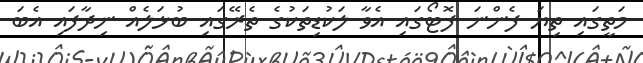
މަތީގައި ތިޔަ ފެންނަ ފޮޓޯގައި އެވާ ލަކުޑިތަކުގެ ތެރޭގައި ބުޅަލެއް ނިދާފައި އެބަ